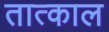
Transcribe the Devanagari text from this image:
तात्काल